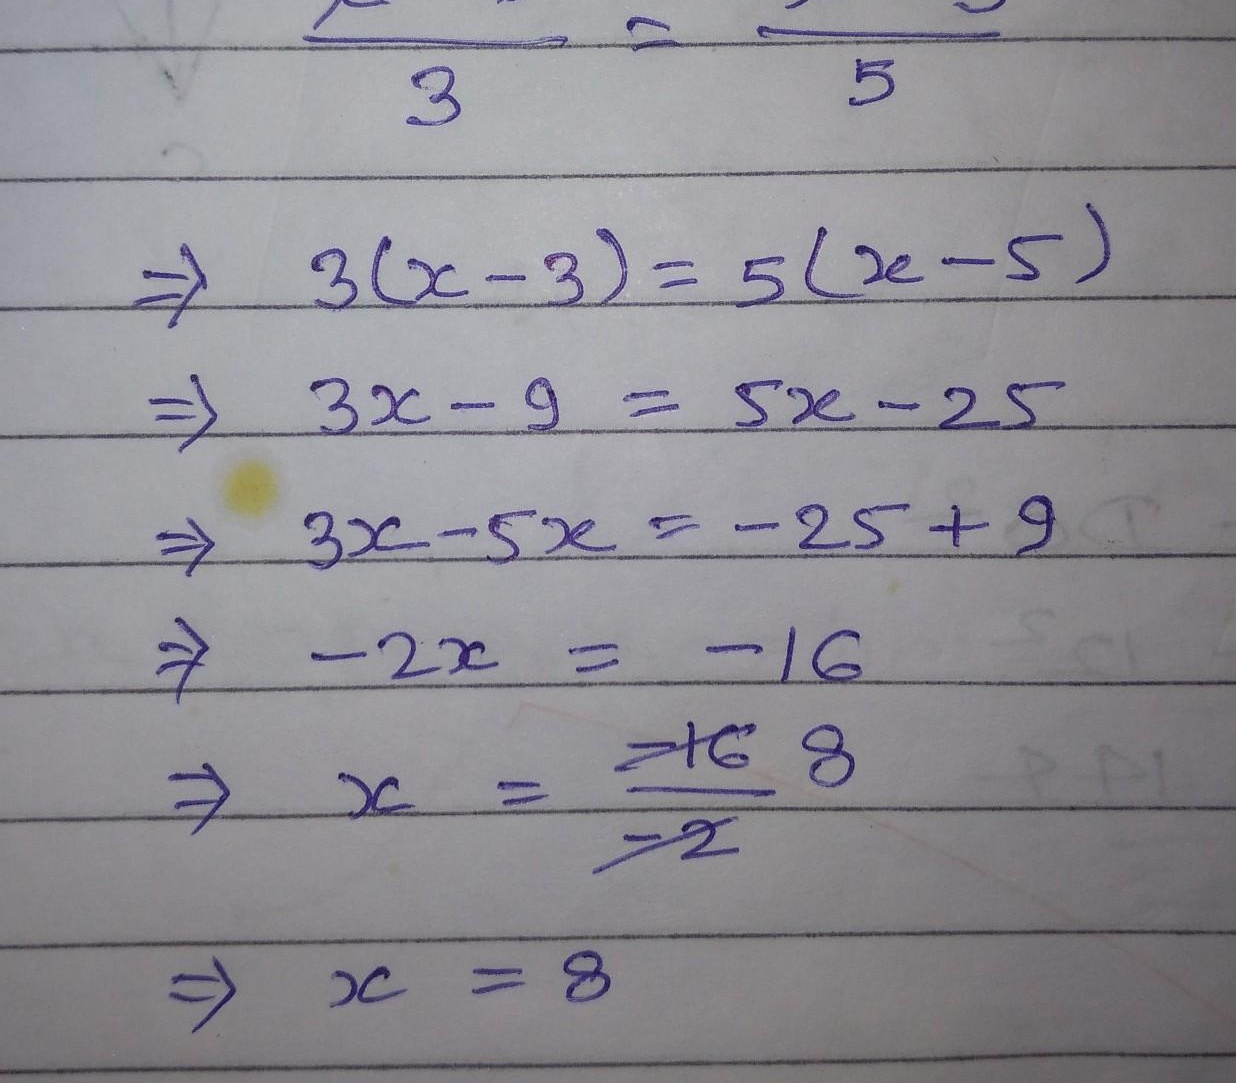
\begin{align*}
\frac{\ \ \ \ \ \ }{3}&=\frac{\ \ \ \ \ \ }{5}\\
\Rightarrow 3(x - 3)&=5(x - 5)\\
\Rightarrow 3x-9&=5x - 25\\
\Rightarrow 3x-5x&=-25 + 9\\
\Rightarrow -2x&=-16\\
\Rightarrow x&=\frac{-16}{-2}=8\\
\Rightarrow x&=8
\end{align*}